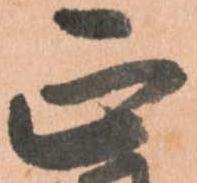
正